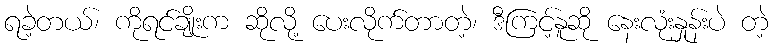
ရခဲ့တယ်၊ ကိုရင်ချိုးက ဆိုလို့ ပေးလိုက်တာတဲ့၊ ဒီကြင့်နူဆို နေးလုံးနှုန်းပဲ တဲ့